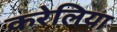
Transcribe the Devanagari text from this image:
करेलिया